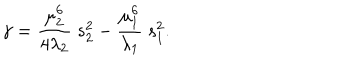
\gamma = \frac { \mu _ { 2 } ^ { 6 } } { 4 \lambda _ { 2 } } \ s _ { 2 } ^ { 2 } - \frac { \mu _ { 1 } ^ { 6 } } { \lambda _ { 1 } } \ s _ { 1 } ^ { 2 } .